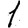
Digit: 1